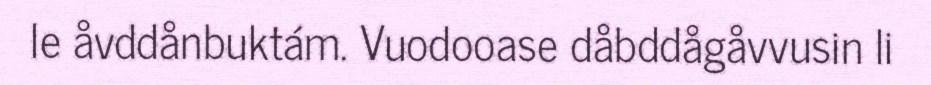
le åvddånbuktám. Vuodooase dåbddågåvvusin li